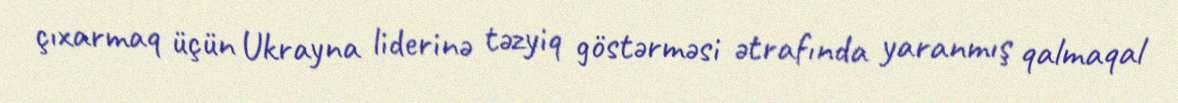
çıxarmaq üçün Ukrayna liderinə təzyiq göstərməsi ətrafında yaranmış qalmaqal